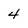
Character: 4